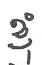
ខ្ញុំ